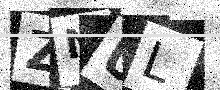
Text: ZNUL